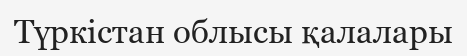
Түркістан облысы қалалары